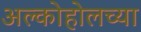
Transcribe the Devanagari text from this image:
अल्कोहोलच्या